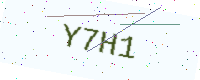
Text: Y7H1